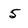
Character: 5